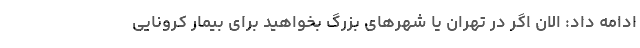
ادامه داد: الان اگر در تهران یا شهرهای بزرگ بخواهید برای بیمار کرونایی